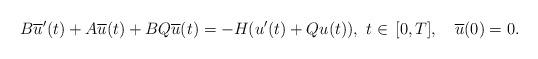
LaTeX: \begin{align*} {B}\overline{u}^\prime(t)+A\overline{u}(t)+BQ\overline{u}(t)= -H({u}^\prime(t)+Qu(t)),\ t\in\,[0,T],\quad\overline{u}(0)=0.\end{align*}